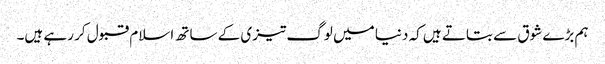
ہم بڑے شوق سے بتاتے ہیں کہ دنیا میں لوگ تیزی کے ساتھ اسلام قبول کر رہے ہیں۔